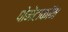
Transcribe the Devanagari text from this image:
पोमेटाकॉम